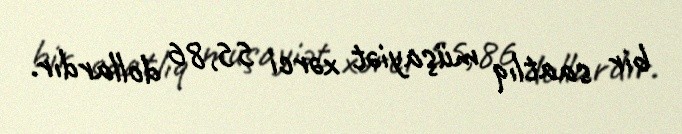
bir saatlıq müşayiət xərci 55,86 dollardır.